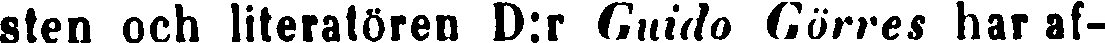
sten och literatören D:r Guido Görres har af-